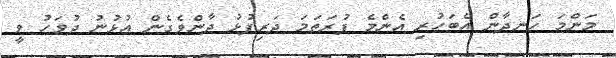
މަންމަ ހަނދާން އެބަހުރި އެންމެ ފުރަތަމަ ދަރިފުޅު ދާންވެގެން އުޅުނު ދުވަހު ވީ